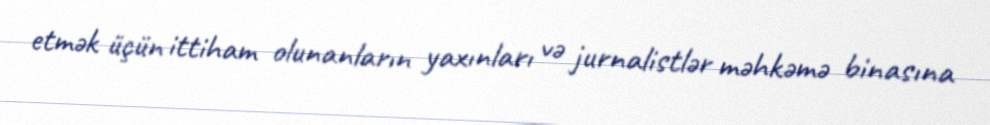
etmək üçün ittiham olunanların yaxınları və jurnalistlər məhkəmə binasına